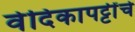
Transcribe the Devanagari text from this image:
वेदिकापट्टींचे